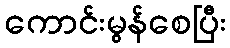
ကောင်းမွန်စေပြီး